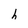
Character: h